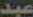
عبد